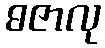
ဓဇာလု